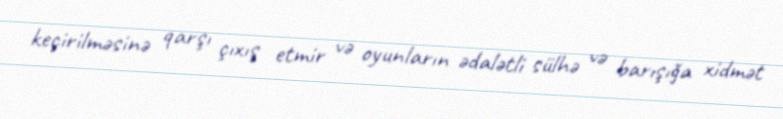
keçirilməsinə qarşı çıxış etmir və oyunların ədalətli sülhə və barışığa xidmət